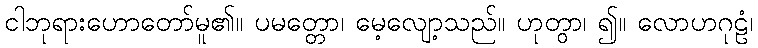
ငါဘုရားဟောတော်မူ၏။ ပမတ္တော၊ မေ့လျော့သည်။ ဟုတွာ၊ ၍။ လောဟဂုဠံ၊